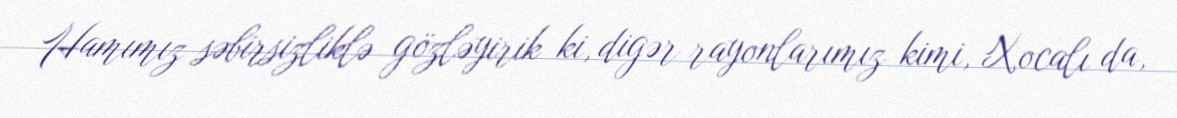
Hamımız səbirsizliklə gözləyirik ki, digər rayonlarımız kimi, Xocalı da,